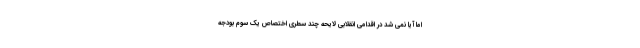
اما آیا نمی شد در اقدامی انقلابی لایحه چند سطری اختصاص یک سوم بودجه